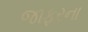
જાફરના